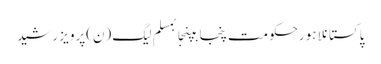
پاکستانلاہورحکومت پنجابپنجابمسلم لیگ (ن)پرویز رشید